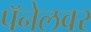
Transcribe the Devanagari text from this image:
पॅनेलवर